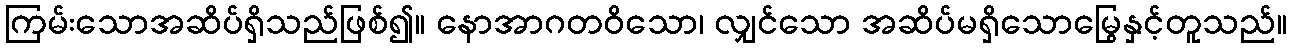
ကြမ်းသောအဆိပ်ရှိသည်ဖြစ်၍။ နောအာဂတဝိသော၊ လျှင်သော အဆိပ်မရှိသောမြွေနှင့်တူသည်။